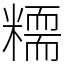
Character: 糥